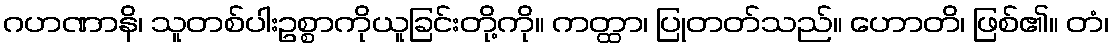
ဂဟဏာနိ၊ သူတစ်ပါးဥစ္စာကိုယူခြင်းတို့ကို။ ကတ္ထာ၊ ပြုတတ်သည်။ ဟောတိ၊ ဖြစ်၏။ တံ၊